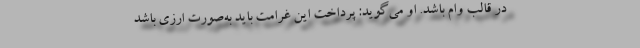
در قالب وام باشد. او می‌گوید: پرداخت این غرامت باید به‌صورت ارزی باشد